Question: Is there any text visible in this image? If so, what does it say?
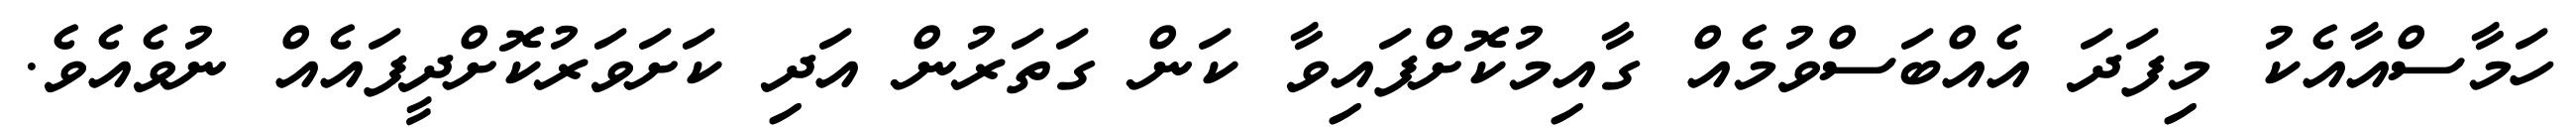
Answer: ހަމާސްއާއެކު މިފަދަ އެއްބަސްވުމެއް ގާއިމުކޮށްފައިވާ ކަން ގަތަރުން އަދި ކަށަވަރުކޮށްދީފައެއް ނުވެއެވެ.